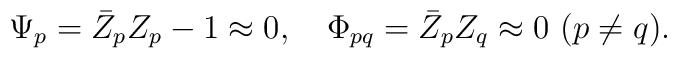
\Psi_p=\bar Z_pZ_p-1\approx 0,\quad\Phi_{pq}=\bar Z_pZ_q\approx 0 \ (p\neq q).